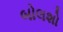
બોલશો